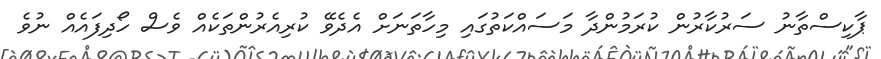
ޕާކިސްތާނު ސަރުކާރުން ކުރަމުންދާ މަސައްކަތުގައި މިހާތަނަށް އެދެވޭ ކުރިއެރުންތަކެއް ވެސް ހޯދިފައެއް ނުވެ